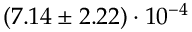
( 7 . 1 4 \pm 2 . 2 2 ) \cdot 1 0 ^ { - 4 }